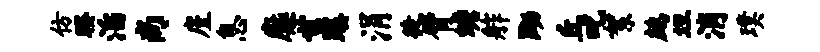
仿睽滔尚廑息麋世蹊涓徒臂蟾舴黝丘叱絮鹧坦消璞